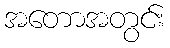
အတောအတွင်း